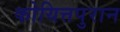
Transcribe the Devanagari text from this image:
कोयित्तपुरान